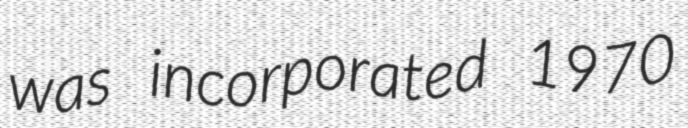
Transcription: was incorporated 1970